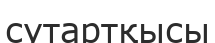
сутартқысы